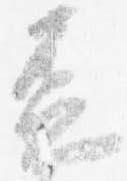
盃